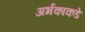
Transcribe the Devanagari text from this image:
अर्भकाकडे